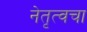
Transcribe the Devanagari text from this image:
नेतृत्वचा